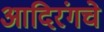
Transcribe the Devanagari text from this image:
आदिरंगचे